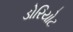
ડોરિયોટ